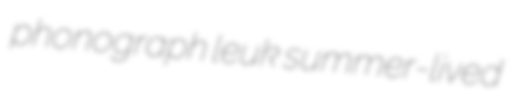
phonograph leuk summer-lived